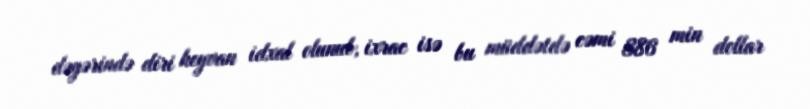
dəyərində diri heyvan idxal olunub, ixrac isə bu müddətdə cəmi 386 min dollar